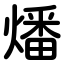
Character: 燔